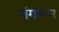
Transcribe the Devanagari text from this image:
नंगापन